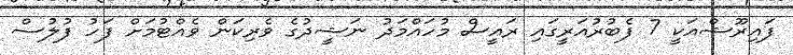
ފައިރޫޝްއަކީ 7 ފެބުރުއަރީގައި ރައީސް މުހައްމަދު ނަޝީދުގެ ވެރިކަން ވެއްޓުމަށް ފަހު ފުލުސް